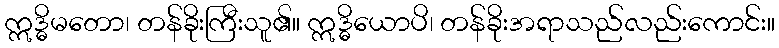
ဣဒ္ဓိမတော၊ တန်ခိုးကြီးသူ၏။ ဣဒ္ဓိယောပိ၊ တန်ခိုးအရာသည်လည်းကောင်း။